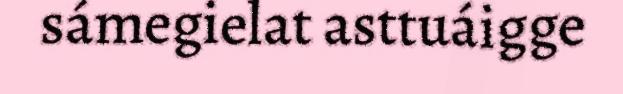
sámegielat asttuáigge